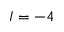
I = - 4